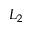
L _ { 2 }